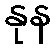
နုန